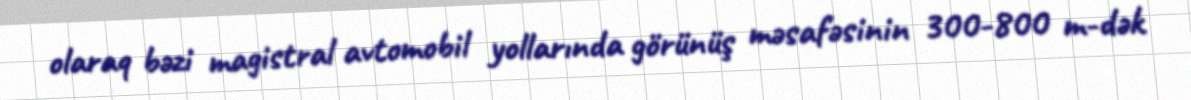
olaraq bəzi magistral avtomobil yollarında görünüş məsafəsinin 300-800 m-dək